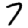
Digit: 7